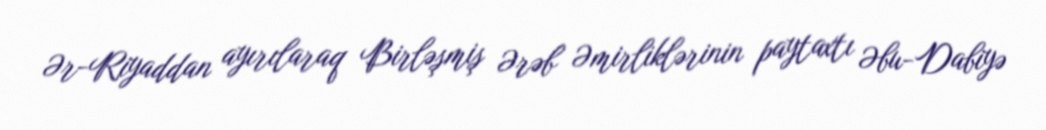
Ər-Riyaddan ayırılaraq Birləşmiş Ərəb Əmirliklərinin paytaxtı Əbu-Dabiyə